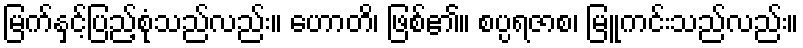
မြက်နှင့်ပြည့်စုံသည်လည်း။ ဟောတိ၊ ဖြစ်၏။ စပ္ပရဇာစ၊ မြူကင်းသည်လည်း။